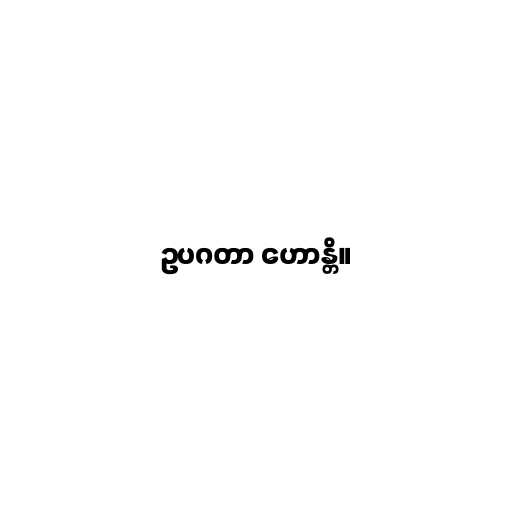
ဥပဂတာ ဟောန္တိ။